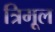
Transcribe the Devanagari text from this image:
त्रिमूल